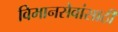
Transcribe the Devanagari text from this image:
विमानसेवांसाठी